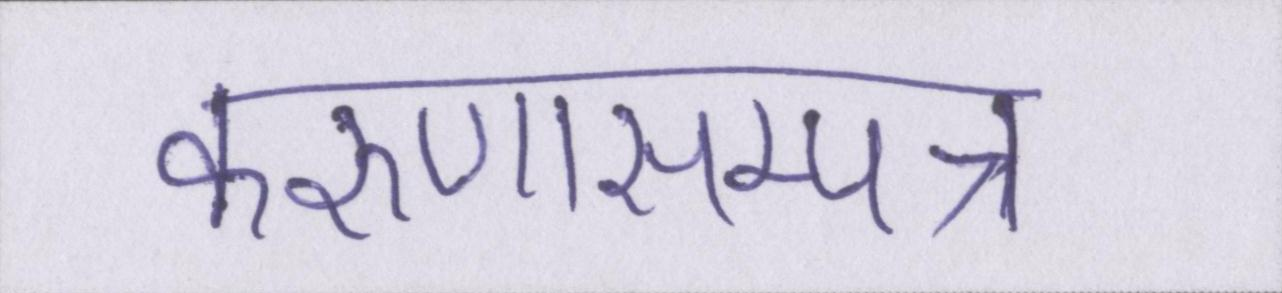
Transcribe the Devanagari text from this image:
करुणासम्पन्न